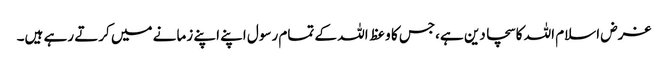
غرض اسلام اللہ کا سچا دین ہے،جس کا وعظ اللہ کے تمام رسول اپنے اپنے زمانے میں کرتے رہے ہیں۔